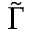
\tilde { \Gamma }